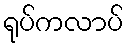
ရုပ်ကလာပ်